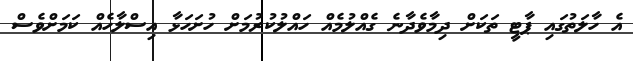
އެ ހާލަތުގައި ޕާޓީ ތަކަށް ދިމާވެދާނެ ގެއްލުމެއް ހައްލުކުރުމަށް ހުށަހަޅާ އިސްލާހެއް ކަމަށްވެސް